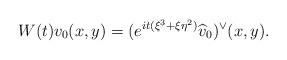
LaTeX: \begin{align*}W(t)v_0(x,y)= (e^{it(\xi^3+\xi \eta^2)} \widehat v_0)^{\lor}(x,y).\end{align*}